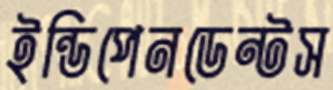
ইন্ডিপেনডেন্টস